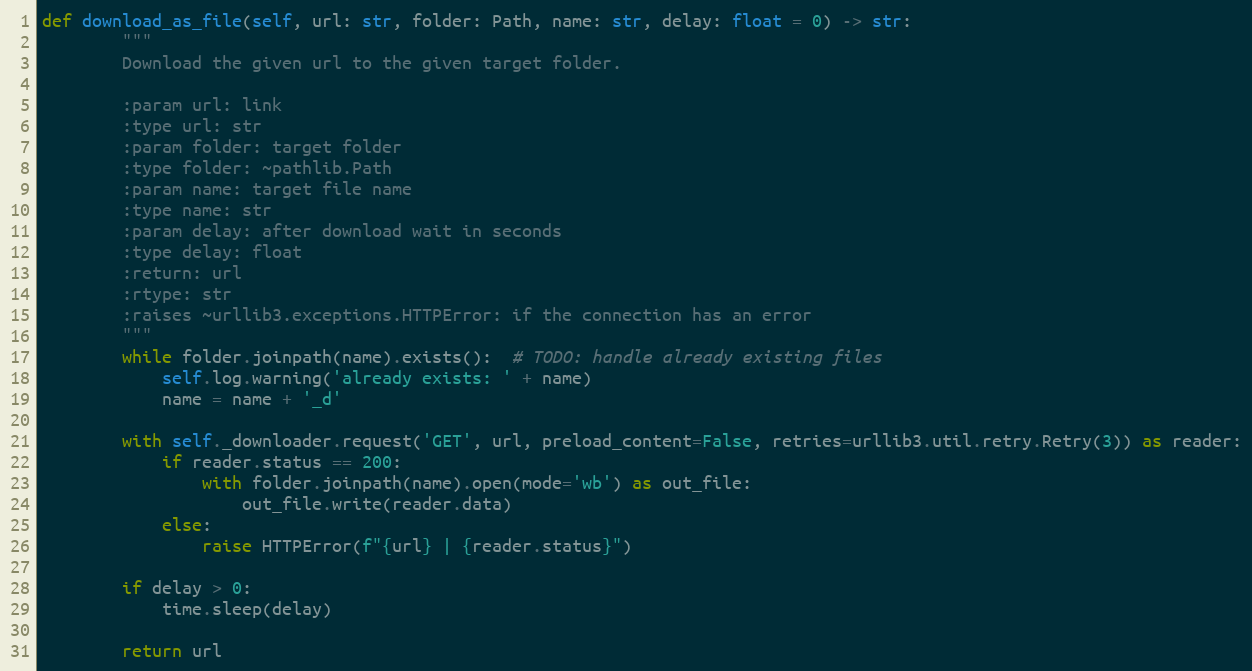
Language: Python
def download_as_file(self, url: str, folder: Path, name: str, delay: float = 0) -> str:
        """
        Download the given url to the given target folder.

        :param url: link
        :type url: str
        :param folder: target folder
        :type folder: ~pathlib.Path
        :param name: target file name
        :type name: str
        :param delay: after download wait in seconds
        :type delay: float
        :return: url
        :rtype: str
        :raises ~urllib3.exceptions.HTTPError: if the connection has an error
        """
        while folder.joinpath(name).exists():  # TODO: handle already existing files
            self.log.warning('already exists: ' + name)
            name = name + '_d'

        with self._downloader.request('GET', url, preload_content=False, retries=urllib3.util.retry.Retry(3)) as reader:
            if reader.status == 200:
                with folder.joinpath(name).open(mode='wb') as out_file:
                    out_file.write(reader.data)
            else:
                raise HTTPError(f"{url} | {reader.status}")

        if delay > 0:
            time.sleep(delay)

        return url